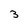
Character: 3